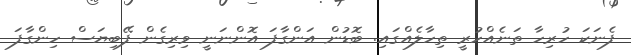
ފެނަކަ ހުރިހާ ތަނެއްހުރީ ތިހާލެއްގައި. ބޮޑުން އަންގާފަ އޮންނަނީ ވިރިގެން ފޭބިޔަސް ހިންގާފަ